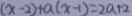
( x - 2 ) + a ( x - 1 ) = 2 a + 2